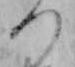
つ